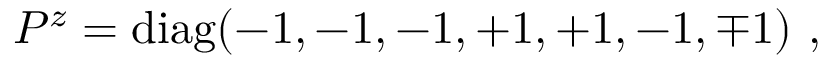
P ^ { z } = \mathrm { d i a g } ( - 1 , - 1 , - 1 , + 1 , + 1 , - 1 , \mp 1 ) ~ , ~ \,